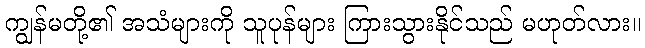
ကျွန်မတို့၏ အသံများကို သူပုန်များ ကြားသွားနိုင်သည် မဟုတ်လား။